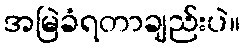
အမြဲခံရတာချည်းပဲ။